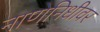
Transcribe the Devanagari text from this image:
नाणेनिधीवर